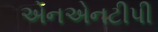
એનએનટીપી